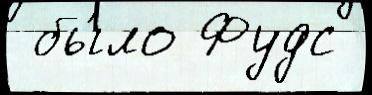
 бы́ло Фудс